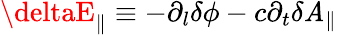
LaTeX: \deltaE_{\parallel}\equiv-\partial_{l}\delta\phi-c\partial_{t}\delta\mathit{A}_{\parallel}